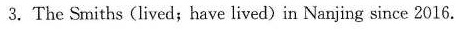
3.The Smiths (lived;have lived) in Nanjing since 2016.